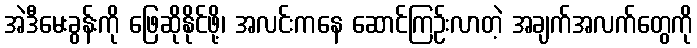
အဲဒီမေးခွန်းကို ဖြေဆိုနိုင်ဖို့၊ အလင်းကနေ ဆောင်ကြဉ်းလာတဲ့ အချက်အလက်တွေကို